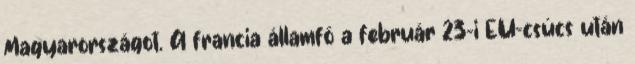
Magyarországot. A francia államfő a február 23-i EU-csúcs után